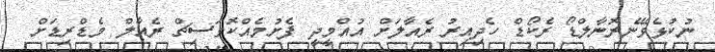
ނުކުޅެވޭނެރޮނާލްޑޯ ރެކޯޑް ހެދިއިރު ރެއާލަށް އުއްމީދީ ފެށުމެއްކޮވަސިޗް ރެއާލް މެޑްރިޑަށް